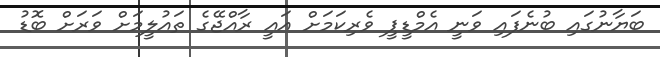
ބަޔާނުގައި ބުނެފައި ވަނީ އެމްޑީޕީ ވެރިކަމަށް އައީ ރާއްޖޭގެ ތައުލީމަށް ވަރަށް ބޮޑު